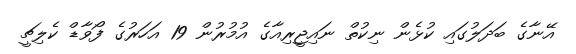
އޭނާގެ ބަދަލުގައި ކުޅެން ނިކުތް ނައިޖީރިއާގެ އުމުރުން 19 އަހަރުގެ ފޯވާޑް ކެލިޗީ